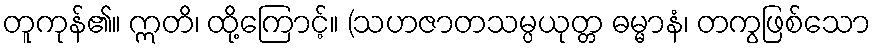
တူကုန်၏။ ဣတိ၊ ထို့ကြောင့်။ (သဟဇာတသမ္ပယုတ္တ ဓမ္မာနံ၊ တကွဖြစ်သော